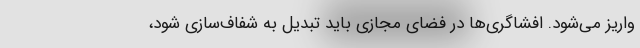
واریز می‌شود. افشاگری‌ها در فضای مجازی باید تبدیل به شفاف‌سازی شود،